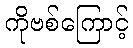
ကိုဗစ်ကြောင့်